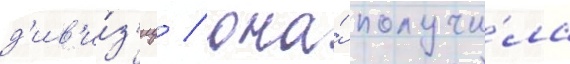
д'ив'и́з'иу / она́ получи́ла